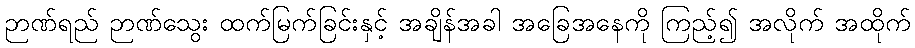
ဉာဏ်ရည် ဉာဏ်သွေး ထက်မြက်ခြင်းနှင့် အချိန်အခါ အခြေအနေကို ကြည့်၍ အလိုက် အထိုက်